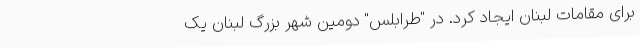
برای مقامات لبنان ایجاد کرد. در "طرابلس" دومین شهر بزرگ لبنان یک